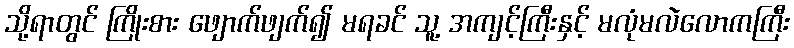
သို့ရာတွင် ကြိုးစား ဖျောက်ဖျက်၍ မရခင် သူ့ အကျင့်ကြီးနှင့် မလုံမလဲလောကကြီး